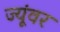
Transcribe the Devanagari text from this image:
ज्यूंवर